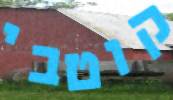
קוטבי